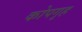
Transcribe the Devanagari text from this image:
कोपगृह